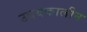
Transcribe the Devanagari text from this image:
उदयकालीन